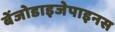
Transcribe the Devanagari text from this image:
बेंजोडाइजेपाइनस